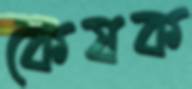
কেষক